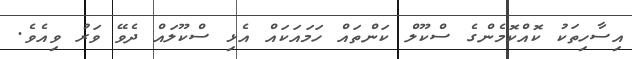
އިސާހިތަކު ކޮއްކޮމެންގެ ސްކޫލް ކަންތައް ހަމައަކައް އެޅި ސްކޫލައް ދެވޭ ވަރު ވިއެވެ.